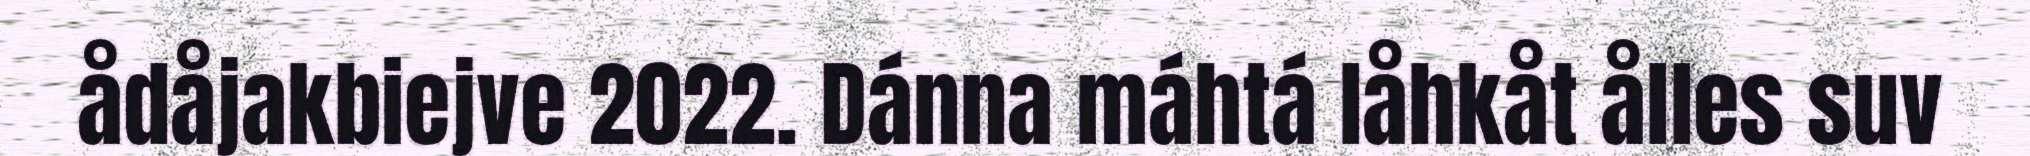
ådåjakbiejve 2022. Dánna máhtá låhkåt ålles suv